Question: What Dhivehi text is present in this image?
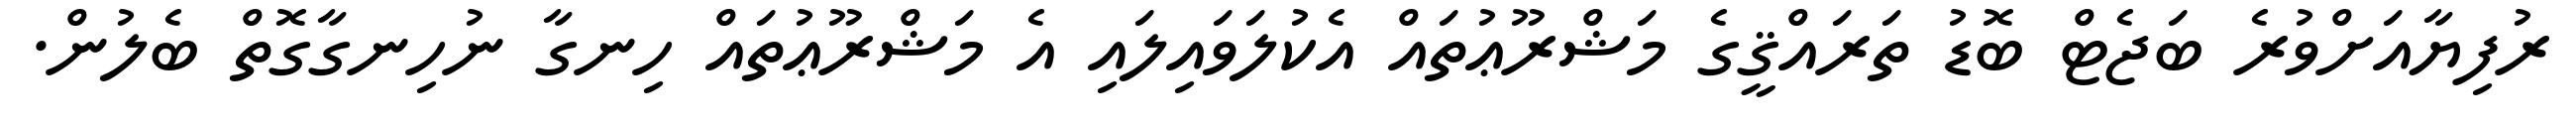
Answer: ރުފިޔާއަށްވުރެ ބަޖެޓް ބޮޑު ތަރައްޤީގެ މަޝްރޫޢުތައް އެކުލަވައިލައި އެ މަޝްރޫޢުތައް ހިނގާ ނުހިނގާގޮތް ބެލުން.